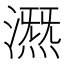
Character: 𣾤